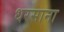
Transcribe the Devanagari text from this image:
धरसाना